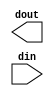
`timescale 1ns / 1ps

module counter_d9(
    output wire [3:0] dout,
    input wire din
);

    

endmodule